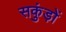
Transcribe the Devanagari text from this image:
सकुंड़ों